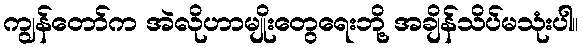
ကျွန်တော်က အဲလိုဟာမျိုးတွေရေးဘို့ အချိန်သိပ်မသုံးပါ။